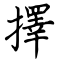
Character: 擇